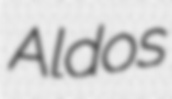
Aldos